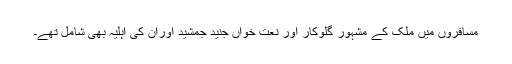
مسافروں میں ملک کے مشہور گلوکار اور نعت خواں جنید جمشید اوران کی اہلیہ بھی شامل تھے۔